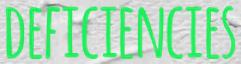
DEFICIENCIES